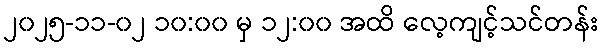
၂၀၂၅-၁၁-၀၂ ၁၀:၀၀ မှ ၁၂:၀၀ အထိ လေ့ကျင့်သင်တန်း